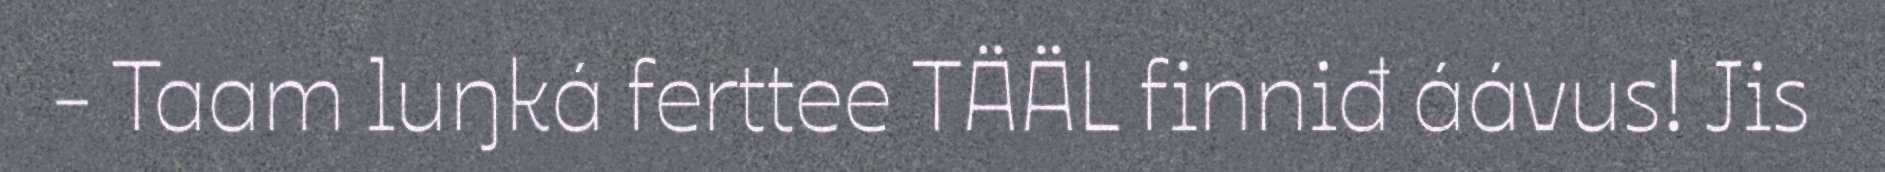
- Taam luŋká ferttee TÄÄL finniđ áávus! Jis